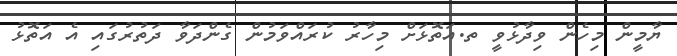
ޔާމީން މިހެން ވިދާޅުވީ ތ.އަތޮޅަށް މިހާރު ކުރައްވަމުން ގެންދަވާ ދަތުރުގައި އެ އަތޮޅު